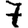
Digit: 7